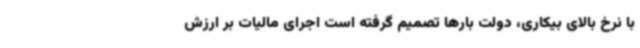
با نرخ بالای بیکاری، دولت بارها تصمیم گرفته است اجرای مالیات بر ارزش